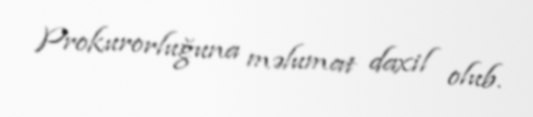
Prokurorluğuna məlumat daxil olub.